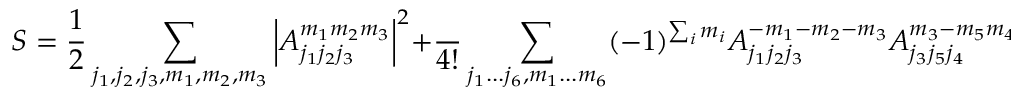
S = \frac { 1 } { 2 } \sum _ { j _ { 1 } , j _ { 2 } , j _ { 3 } , m _ { 1 } , m _ { 2 } , m _ { 3 } } \left| { A _ { j _ { 1 } j _ { 2 } j _ { 3 } } ^ { m _ { 1 } m _ { 2 } m _ { 3 } } } \right| ^ { 2 } + \frac { \l } { 4 ! } \sum _ { j _ { 1 } . . . j _ { 6 } , m _ { 1 } . . . m _ { 6 } } ( - 1 ) ^ { \sum _ { i } m _ { i } } A _ { j _ { 1 } j _ { 2 } j _ { 3 } } ^ { - m _ { 1 } - m _ { 2 } - m _ { 3 } } A _ { j _ { 3 } j _ { 5 } j _ { 4 } } ^ { m _ { 3 } - m _ { 5 } m _ { 4 } } A _ { j _ { 4 } j _ { 2 } j _ { 6 } } ^ { - m _ { 4 } m _ { 2 } m _ { 6 } } A _ { j _ { 6 } j _ { 5 } j _ { 1 } } ^ { - m _ { 6 } m _ { 5 } m _ { 1 } }